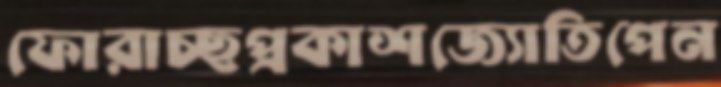
ফোরাচ্ছপ্রকাশজ্যোতিপেন